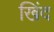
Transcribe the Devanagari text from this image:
खिंद